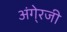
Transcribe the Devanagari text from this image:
अंगे्रजी